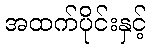
အထက်ပိုင်းနှင့်